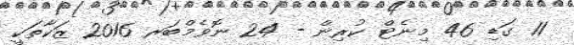
11 ގަޑި 46 މިނެޓް ކުރިން - 24 ނޮވެމްބަރ 2016 ޒަކާތަކީ